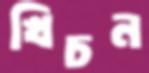
খিচন